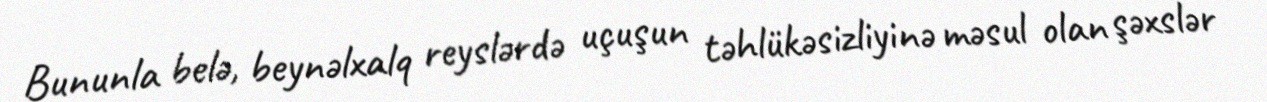
Bununla belə, beynəlxalq reyslərdə uçuşun təhlükəsizliyinə məsul olan şəxslər